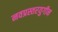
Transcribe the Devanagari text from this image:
नवप्रस्तरयुगीन